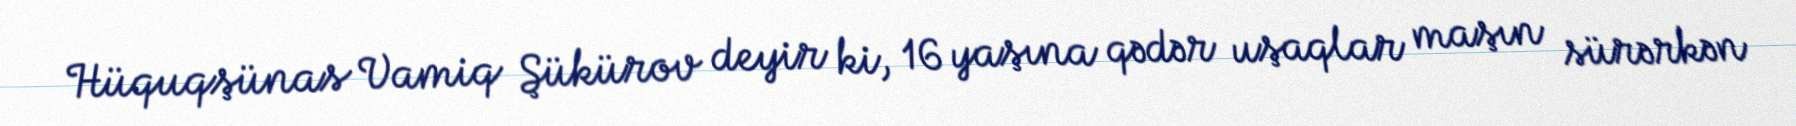
Hüquqşünas Vamiq Şükürov deyir ki, 16 yaşına qədər uşaqlar maşın sürərkən